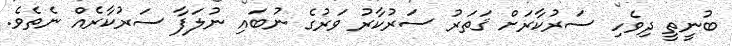
ބުނީތީ ދިވެހި ސަރުކާރަށް ޤަތަރު ސަރުކާރު ވަރުގެ ނުބައި ނުލަފާ ސަރުކާރެއް ނެތެވެ.